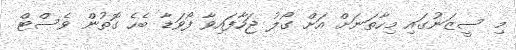
މި ސީޒަނުގައި މިހާތަނަށް އަށް ގޯލު ޖަހާފައިވާ ފޯވަޑާ ބެހެ ގޮތުން ވެސްޓް